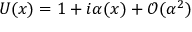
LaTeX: U ( x ) = 1 + i \alpha ( x ) + { \mathcal { O } } ( \alpha ^ { 2 } )